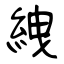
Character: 絏